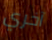
آخري